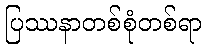
ပြဿနာတစ်စုံတစ်ရာ